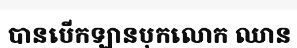
បានបើកឡានបុកលោក ឈាន